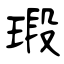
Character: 瑖